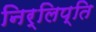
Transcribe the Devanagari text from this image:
निर्लिप्ति